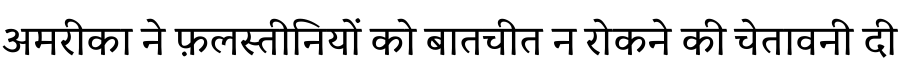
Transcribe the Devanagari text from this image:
अमरीका ने फ़लस्तीनियों को बातचीत न रोकने की चेतावनी दी